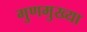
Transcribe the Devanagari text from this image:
गुणमुख्या